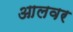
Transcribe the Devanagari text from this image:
आलवर